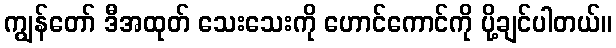
ကျွန်တော် ဒီအထုတ် သေးသေးကို ဟောင်ကောင်ကို ပို့ချင်ပါတယ်။